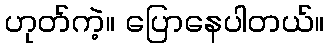
ဟုတ်ကဲ့။ ပြောနေပါတယ်။